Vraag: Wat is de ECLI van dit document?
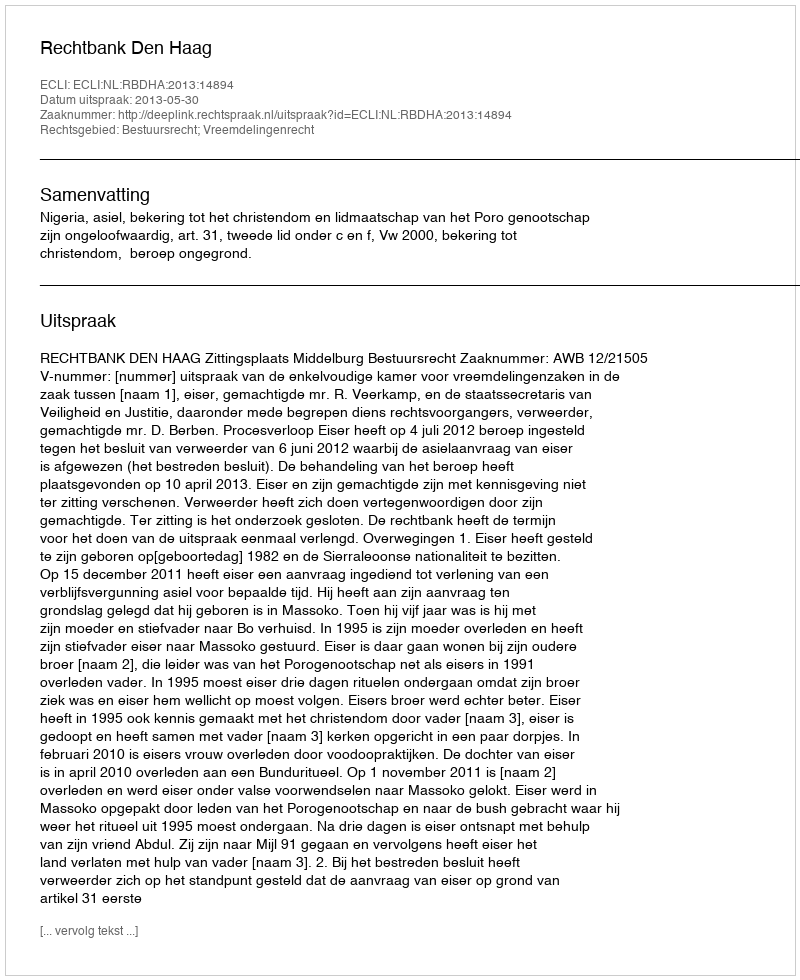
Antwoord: ECLI:NL:RBDHA:2013:14894